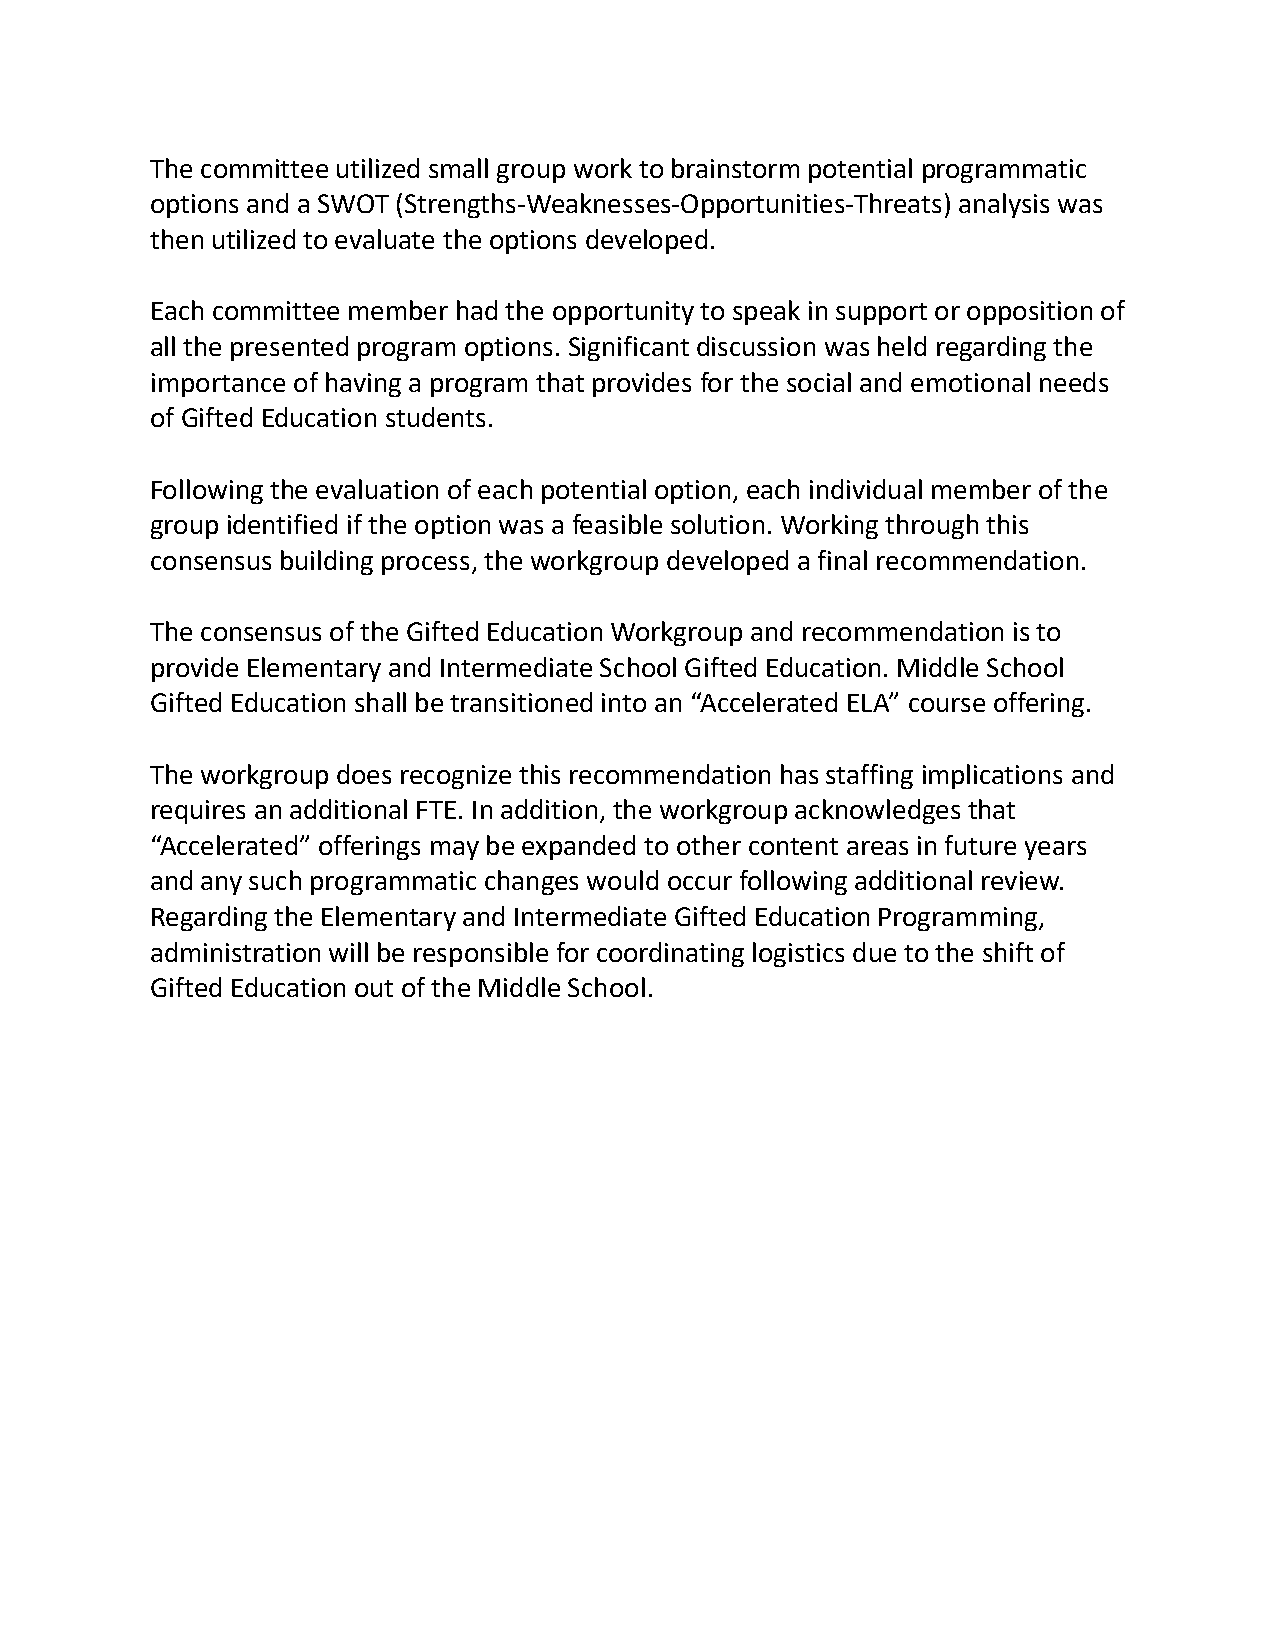
The committee utilized small group work to brainstorm potential programmatic
 options and a SWOT (Strengths-Weaknesses-Opportunities-Threats) analysis was
 then utilized to evaluate the options developed.
 Each committee member had the opportunity to speak in support or opposition of
 all the presented program options. Significant discussion was held regarding the
 importance of having a program that provides for the social and emotional needs
 of Gifted Education students.
 Following the evaluation of each potential option, each individual member of the
 group identified if the option was a feasible solution. Working through this
 consensus building process, the workgroup developed a final recommendation.
 The consensus of the Gifted Education Workgroup and recommendation is to
 provide Elementary and Intermediate School Gifted Education. Middle School
 Gifted Education shall be transitioned into an “Accelerated ELA” course offering.
 The workgroup does recognize this recommendation has staffing implications and
 requires an additional FTE. In addition, the workgroup acknowledges that
 “Accelerated” offerings may be expanded to other content areas in future years
 and any such programmatic changes would occur following additional review.
 Regarding the Elementary and Intermediate Gifted Education Programming,
 administration will be responsible for coordinating logistics due to the shift of
 Gifted Education out of the Middle School.